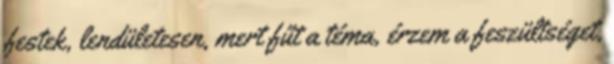
festek, lendületesen, mert fűt a téma, érzem a feszültséget,